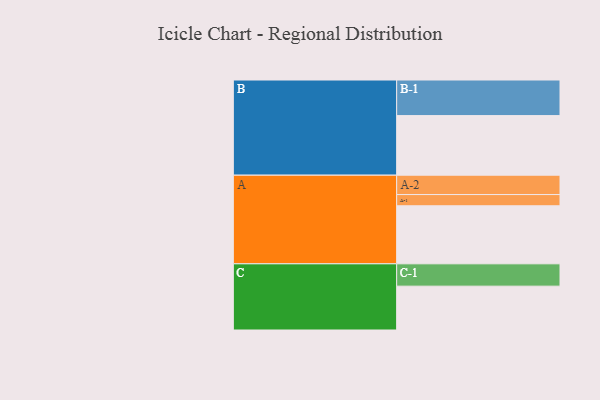
{"axis": {"x": "Segment", "y": "Value"}, "legend": ["", "A", "B", "C"], "data": [{"x": "A", "y": 486, "type": ""}, {"x": "B", "y": 499, "type": ""}, {"x": "C", "y": 367, "type": ""}, {"x": "A-1", "y": 94, "type": "A"}, {"x": "A-2", "y": 162, "type": "A"}, {"x": "B-1", "y": 298, "type": "B"}, {"x": "C-1", "y": 187, "type": "C"}]}